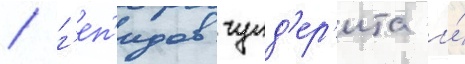
/ г'еп'идов гунд'ер'ита и́